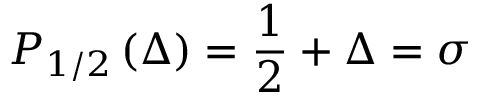
P _ { 1 / 2 } \left( \Delta \right) = \frac { 1 } { 2 } + \Delta = \sigma